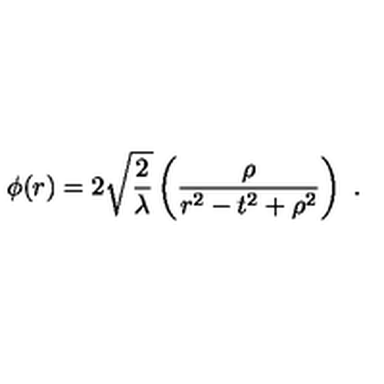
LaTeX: \phi ( r ) = 2 \sqrt { \frac { 2 } { \lambda } } \left( { \frac { \rho } { r ^ { 2 } - t ^ { 2 } + \rho ^ { 2 } } } \right) \ .